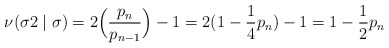
\begin{align*}\nu(\sigma2\mid\sigma)=2\Bigl(\frac{p_n}{p_{n-1}}\Bigr)-1=2(1-\frac{1}{4}p_n)-1=1-\frac{1}{2}p_n\end{align*}